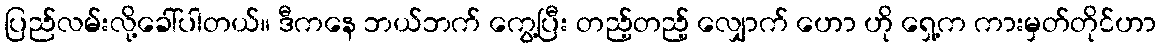
ပြည်လမ်းလို့ခေါ်ပါတယ်။ ဒီကနေ ဘယ်ဘက် ကွေ့ပြီး တည့်တည့် လျှောက် ဟော ဟို ရှေ့က ကားမှတ်တိုင်ဟာ